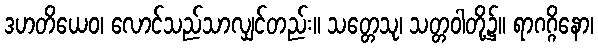
ဒဟတိယေဝ၊ လောင်သည်သာလျှင်တည်း။ သတ္တေသု၊ သတ္တဝါတို့၌။ ရာဂဂ္ဂိနော၊